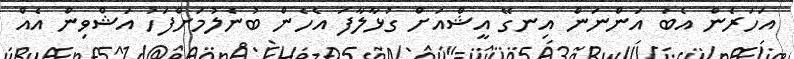
އަހަރެން އެބަ އަންނަން އިނގޭ އީޝްއަށް ގުޅާލާފަ އެހެން ބުނެލުމަށްފަހު އަޝްވިން އެއް